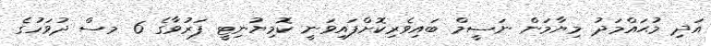
އަދި މުޙައްމަދު މިޔާމަން ނަސީމް ބައިވެރިކޮށްފައިވަނީ ކޮމިޔުނިޓީ ފަރުވާގެ 6 މސް ދުވަހުގެ